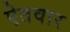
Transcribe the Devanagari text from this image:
ऐतवार